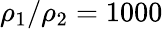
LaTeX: \rho_{1}/\rho_{2}=1000